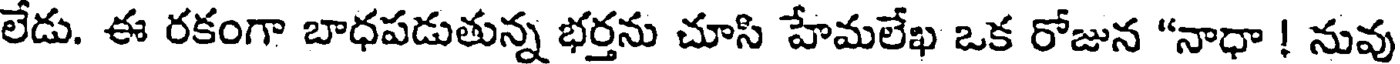
లేడు. ఈ రకంగా బాధపడుతున్న భర్తను చూసి హేమలేఖ ఒక రోజున "నాధా ! నువు